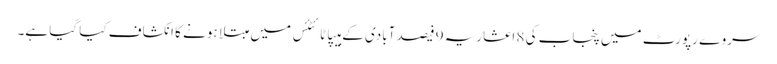
سروے رپورٹ میں پنجاب کی 8 اعشاریہ 9 فیصد آبادی کے ہیپاٹائٹئس میں مبتلا ہونے کا انکشاف کیا گیا ہے۔